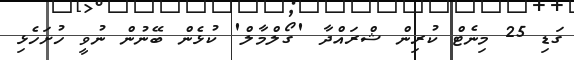
ގަޑި 25 މިނެޓް ކުރިން ޝްރައްދާ 'ގޯލްމާލް' ކުޅެން ބޭނުން ނުވީ ހުށަހެޅި